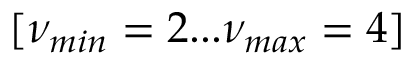
[ \nu _ { m i n } = 2 . . . \nu _ { m a x } = 4 ]